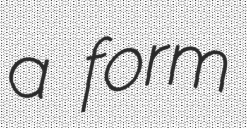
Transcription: a form